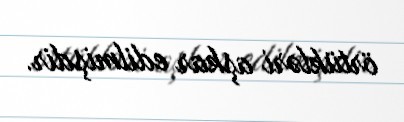
örtükləri aşkar edilmişdir.